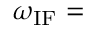
\omega _ { \mathrm { I F } } =